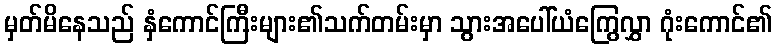
မှတ်မိနေသည် နှံကောင်ကြီးများ၏သက်တမ်းမှာ သွားအပေါ်ယံကြွေလွှာ ဂုံးကောင်၏